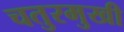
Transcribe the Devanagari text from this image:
चतुरमुखी